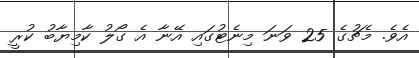
އެވެ. މެޗުގެ 25 ވަނަ މިނެޓުގައި އޭނާ އެ ގޯލު ކާމިޔާބު ކުރީ